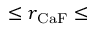
\le r _ { \mathrm { C a F } } \le